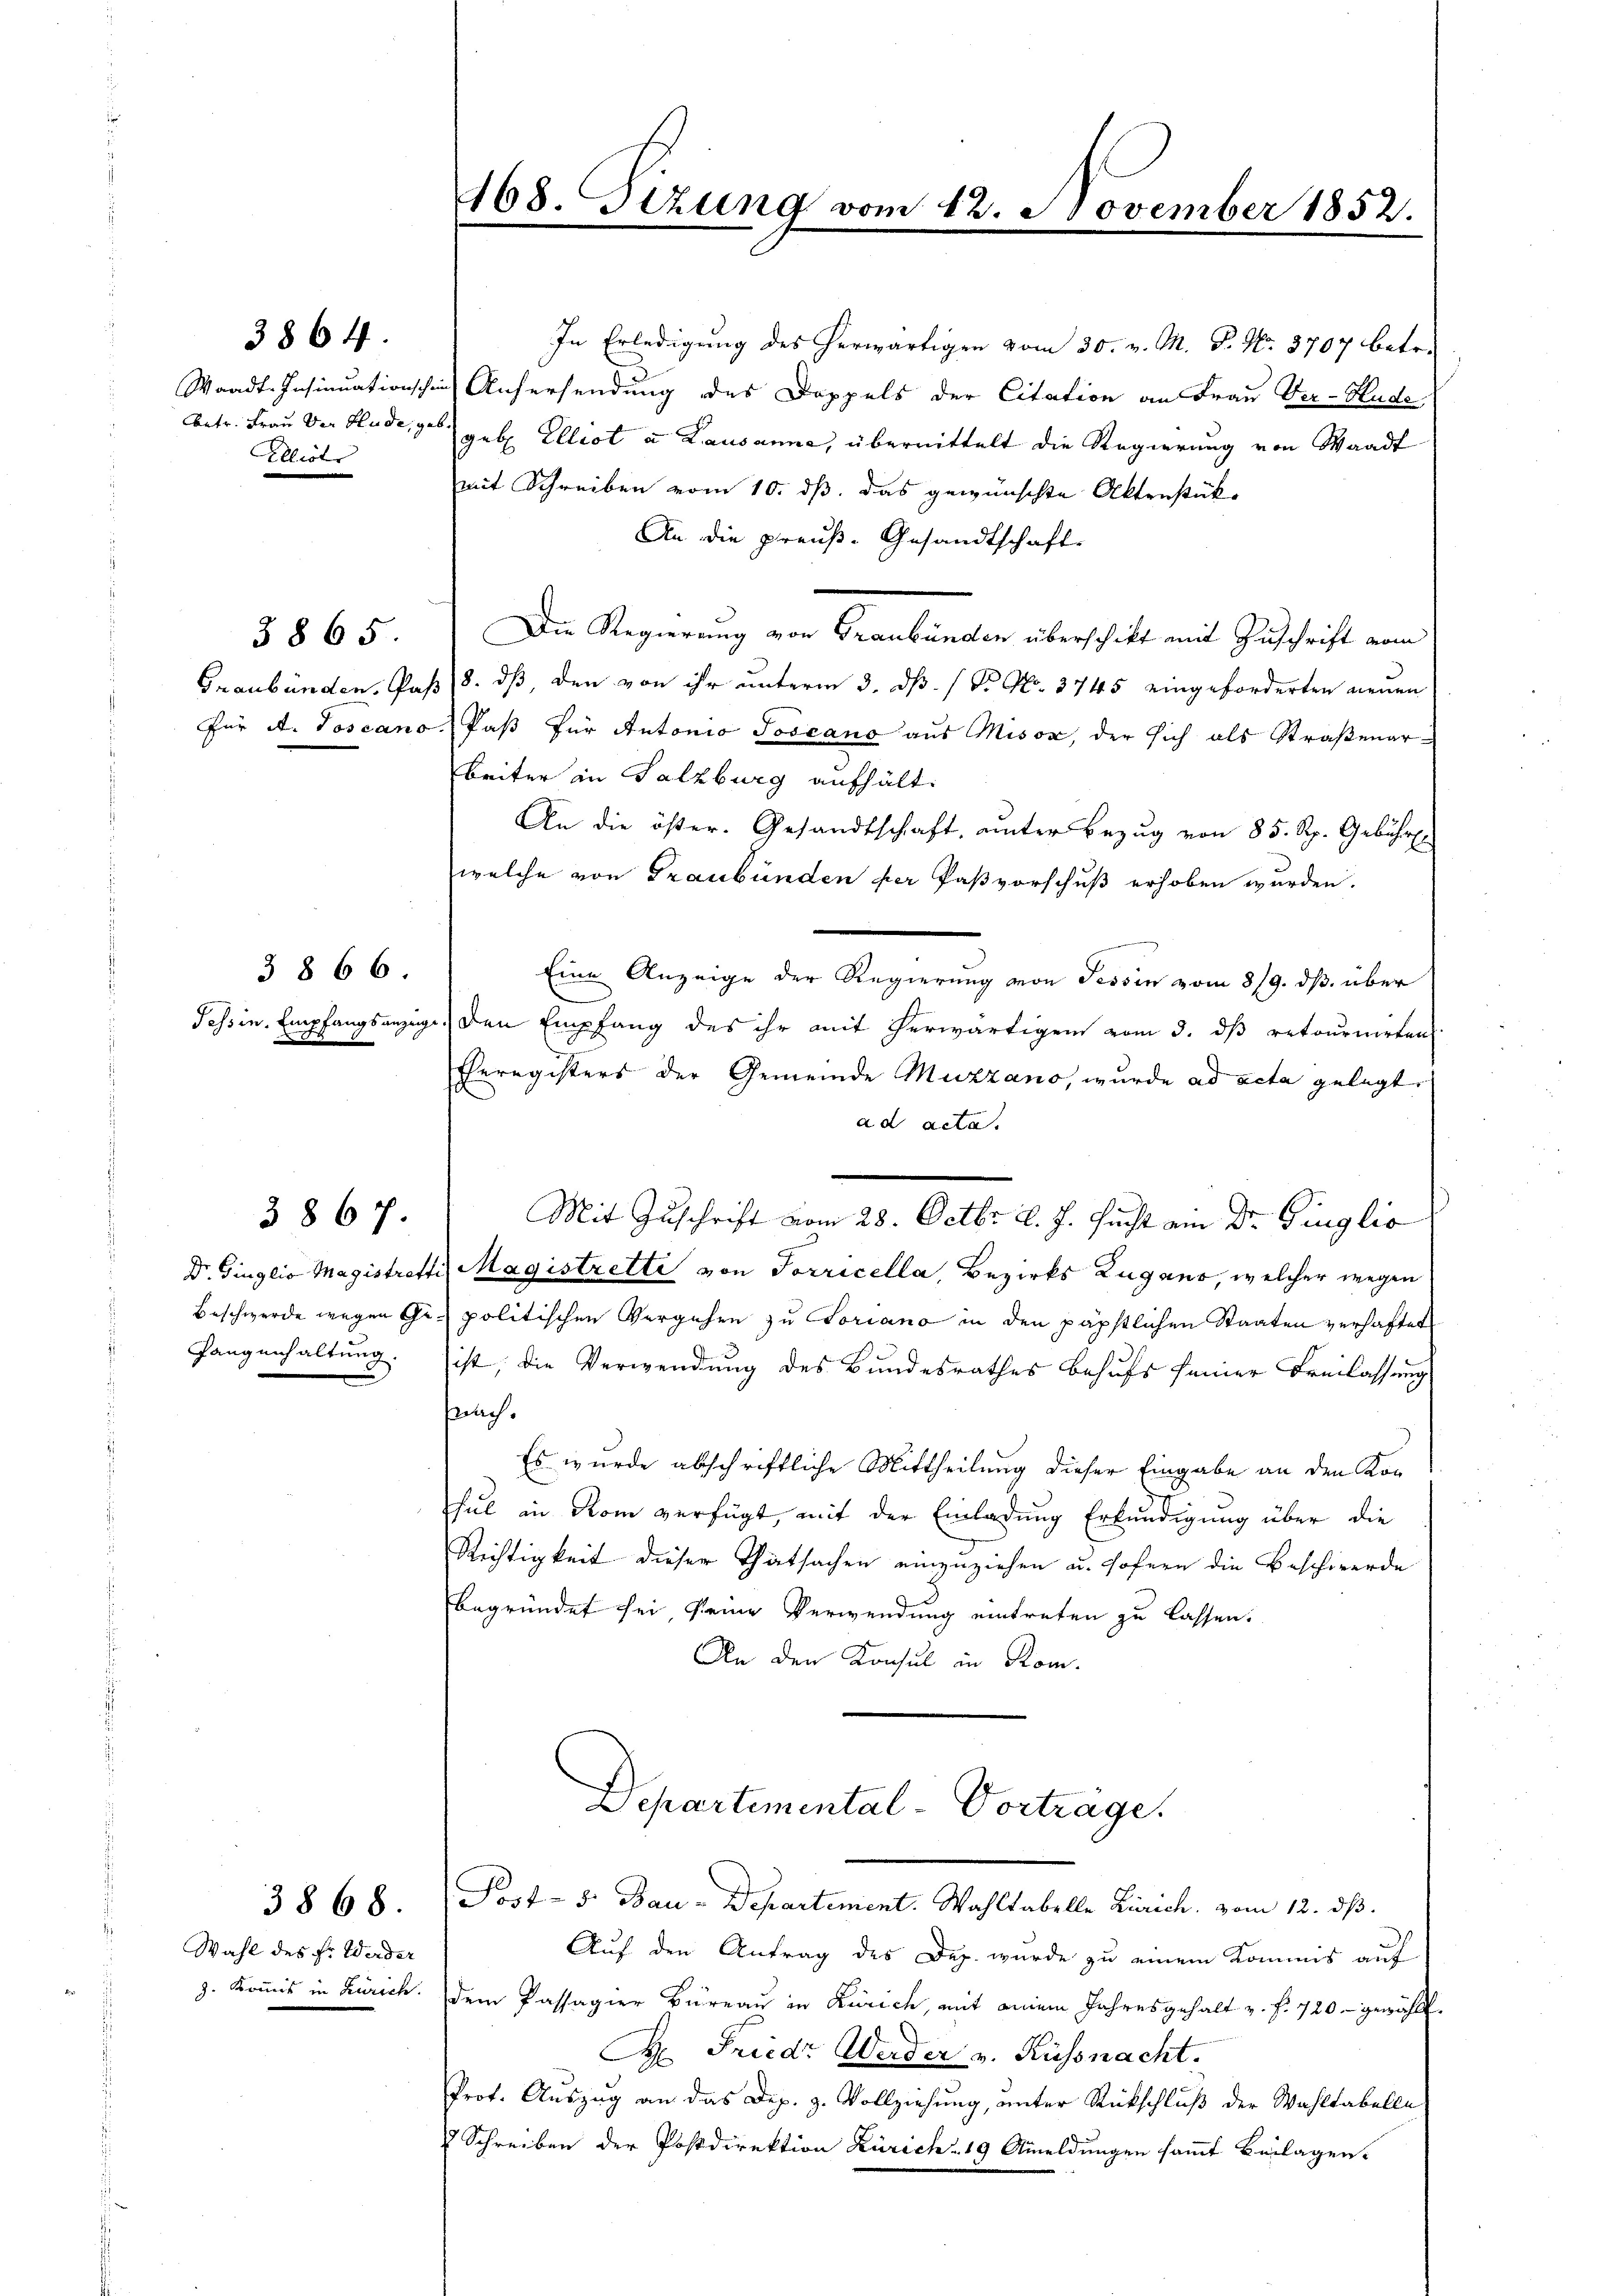
3864.

Aetr. Frau der Hude, ge
Elliot

3865

3 866.
Tessin. Empfangs anzuge

3867.

fangenhaltung.

Wahl des Fr. Werder
g. Kommis in Zürich.

3868.

168. izung vom 12. November 1852.

Post- 8. Bau-Departement. Wahltabelle Zürich, vom 12. dß.

In Erledigung des herwärtigen vom 30. v. M. P. Nr. 3707 betr.
Waadt-Insinuationschen Aufersendung des Doppels der Citation an Frau Ver-Hude,
ab
geb. Ellrot u Lausanne, übermittelt die Regierung von Waadt
mit Schreiben vom 10. ds. das gewünschte Aktenstük¬
An die preuß. Gesandtschaft
Die Regierung von Graubünden überschikt mit Zuschrift vom
Graubünden, Paß (8. dß, den von ihr unterm 3. ds. / Dr No. 3745 eingeforderten neuen
Für A. Joscano Paß für Antonio Joscano aus Misox, der sich als Straßenar-
beiter in Salzburg aufhält.
An die öster. Gesandtschaft, unter Bezug von 85. Rp. Gebührt.
welche von Graubünden per Paßvorschuß erhoben wurden.
e
Eine Anzeige der Regierung von Tessin vom 8/9. ds. über
 den Empfang des ihr mit herwärtigen vom 3. dβ retournirten
Eheregisters der Gemeinde Muzzano, wurde ad acta gelegt
ad acta.
Mit Zuschrift vom 28. Octbr. l. J. sucht ein Dr. Ginglio
Dr. Ginglio Magistretti, Magistrette von Sorricella, Bezirks Zugano, welcher wegen
Beschwerde wegen Chi politischen Vergehen zu Loriano in den päpstlichen Staaten verhaftet
ist; die Verwendung des Bundesrathes behufs seiner Freilassung
slach.
Es wurde abschriftliche Mittheilung dieser Eingabe an den Kon
hul in Rom verfügt, mit der Einladung Erkundigung über die
Richtigkeit dieser Thatsachen einzuziehen u. sofern die Beschwerde
begründet sei seine Verwendung eintreten zu lassen.
An den Konsul in Rom.
Departemental-Vortrage.

Auf den Antrag des Dep. wurde zu einem Kommis auf
dem Passagier Büreau in Zürich, mit einem Jahresgehalt u. f. 720 - gewählt.
 Friedr Weider v. Küssnacht.
Prot. Auszug an das Dep. z. Vollziehung, unter Rückschluß der Wahltabelle
 Schreiben der Postdirektion Zürich 19 Anmeldungen sammt Beilagen.